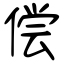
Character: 偿